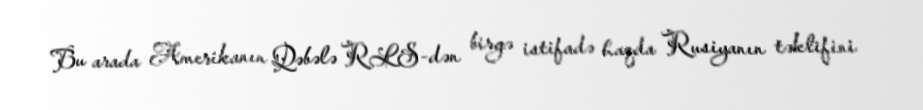
Bu arada Amerikanın Qəbələ RLS-dən birgə istifadə haqda Rusiyanın təklifini